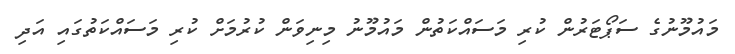
މައުމޫނުގެ ސަޕޯޓަރުން ކުރި މަސައްކަތުން މައުމޫނު މިނިވަން ކުރުމަށް ކުރި މަސައްކަތުގައި އަދި